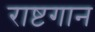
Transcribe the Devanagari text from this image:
राष्टगान